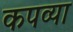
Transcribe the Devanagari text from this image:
कपव्या